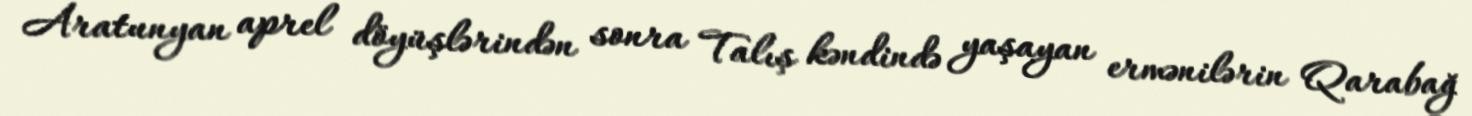
Aratunyan aprel döyüşlərindən sonra Talış kəndində yaşayan ermənilərin Qarabağ